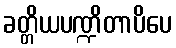
ခတ္တိယပဏ္ဍိတာပိပေ